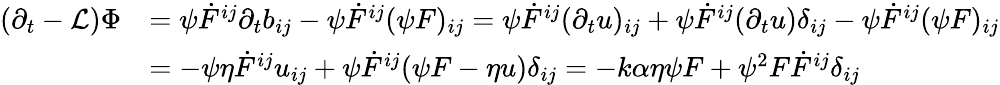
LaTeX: \begin{array}{rl}{(\partial_{t}-\mathcal{L})\Phi}&{=\psi\dot{F}^{ij}\partial_{t}b_{ij}-\psi\dot{F}^{ij}(\psi F)_{ij}=\psi\dot{F}^{ij}(\partial_{t}u)_{ij}+\psi\dot{F}^{ij}(\partial_{t}u)\delta_{ij}-\psi\dot{F}^{ij}(\psi F)_{ij}}\\ &{=-\psi\eta\dot{F}^{ij}u_{ij}+\psi\dot{F}^{ij}(\psi F-\eta u)\delta_{ij}=-k\alpha\eta\psi F+\psi^{2}F\dot{F}^{ij}\delta_{ij}}\end{array}